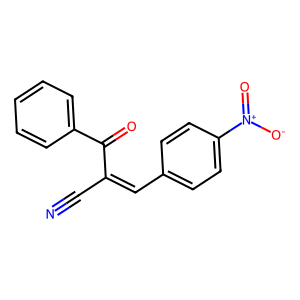
SMILES: N#CC(=Cc1ccc([N+](=O)[O-])cc1)C(=O)c1ccccc1
Inhibits HIV replication: No